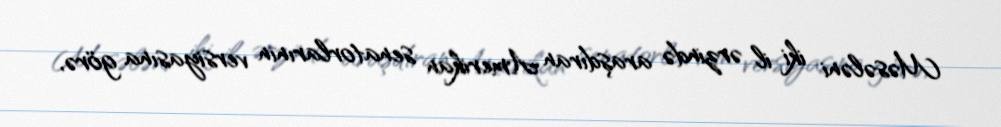
Məsələni iki il ərzində araşdıran Amerikan senatorlarının versiyasına görə,